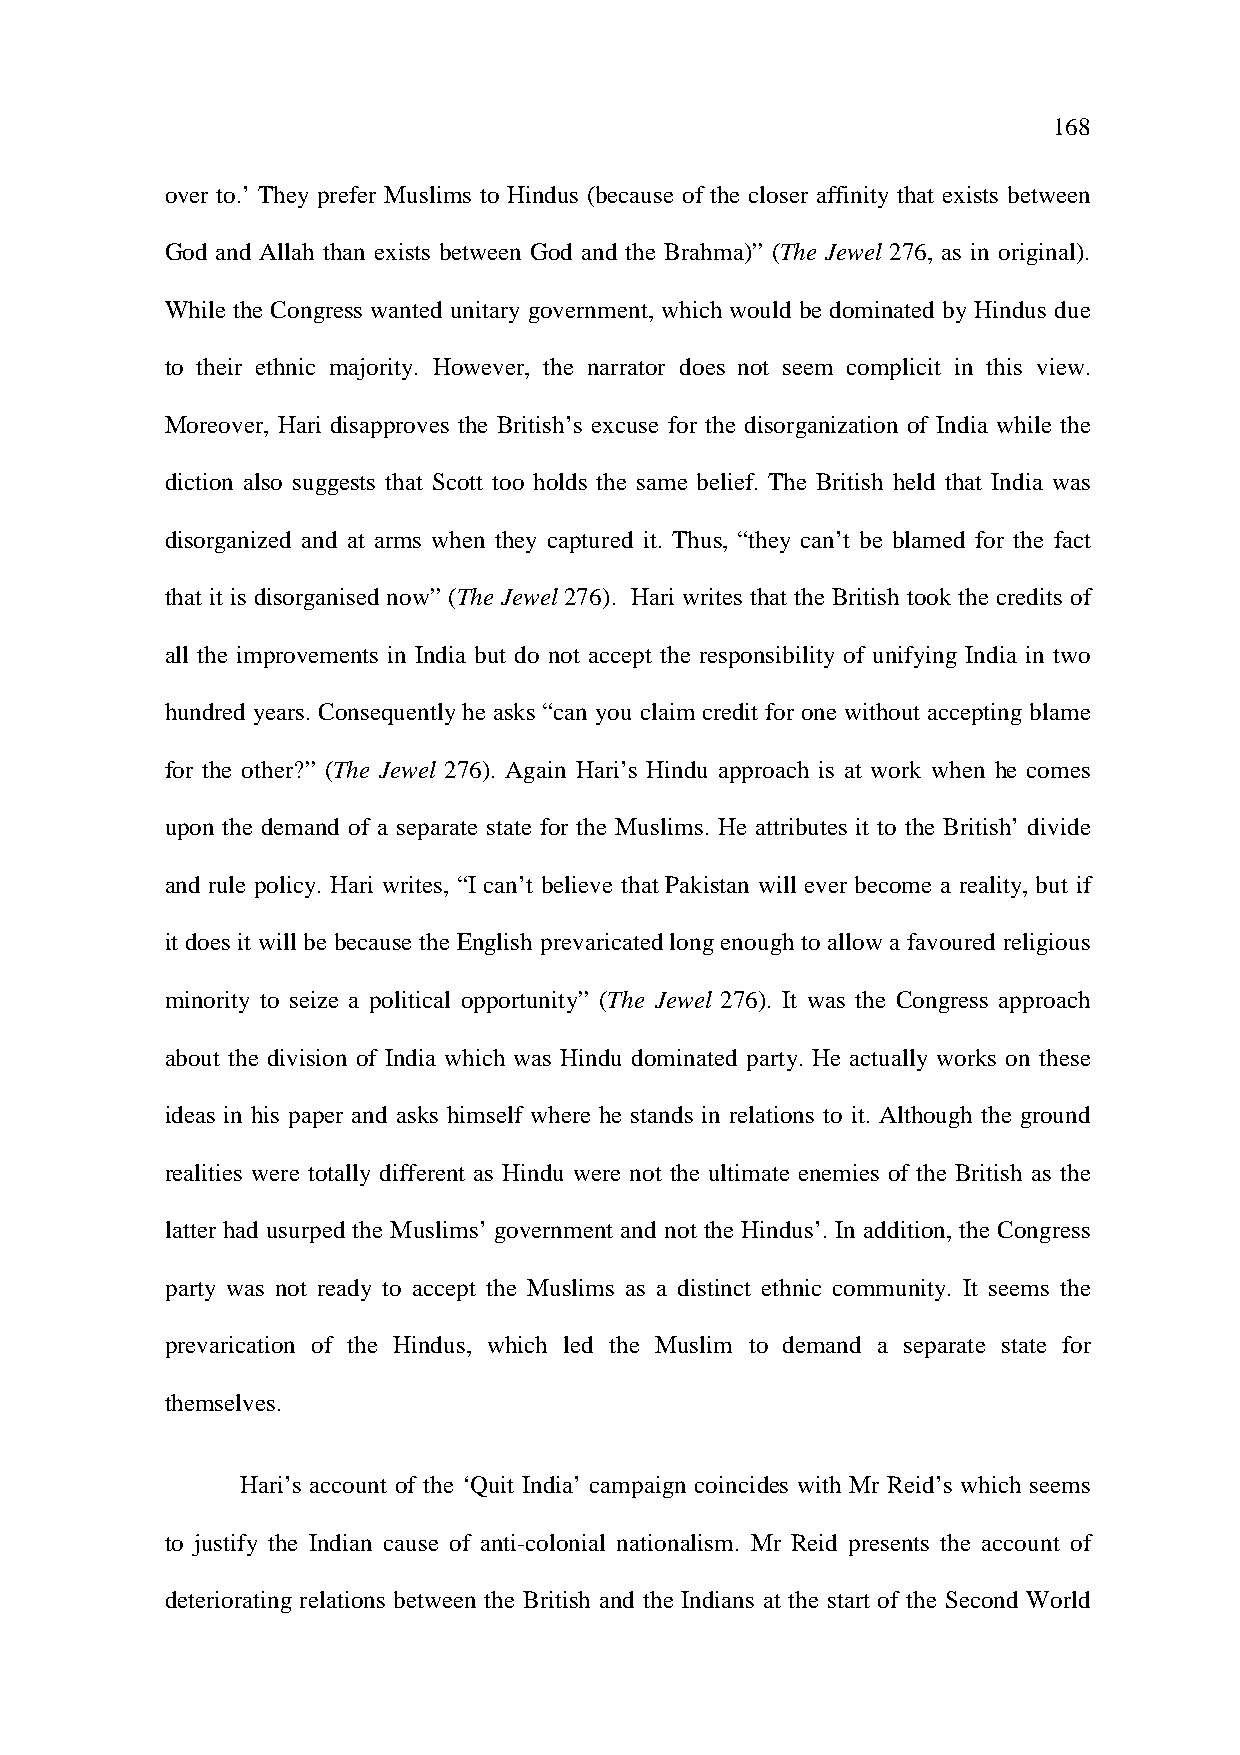
168
 over to.’ They prefer Muslims to Hindus (because of the closer affinity that exists between
 God and Allah than exists between God and the Brahma)” (The Jewel 276, as in original).
 While the Congress wanted unitary government, which would be dominated by Hindus due
 to their ethnic majority. However, the narrator does not seem complicit in this view.
 Moreover, Hari disapproves the British’s excuse for the disorganization of India while the
 diction also suggests that Scott too holds the same belief. The British held that India was
 disorganized and at arms when they captured it. Thus, “they can’t be blamed for the fact
 that it is disorganised now” (The Jewel 276). Hari writes that the British took the credits of
 all the improvements in India but do not accept the responsibility of unifying India in two
 hundred years. Consequently he asks “can you claim credit for one without accepting blame
 for the other?” (The Jewel 276). Again Hari’s Hindu approach is at work when he comes
 upon the demand of a separate state for the Muslims. He attributes it to the British’ divide
 and rule policy. Hari writes, “I can’t believe that Pakistan will ever become a reality, but if
 it does it will be because the English prevaricated long enough to allow a favoured religious
 minority to seize a political opportunity” (The Jewel 276). It was the Congress approach
 about the division of India which was Hindu dominated party. He actually works on these
 ideas in his paper and asks himself where he stands in relations to it. Although the ground
 realities were totally different as Hindu were not the ultimate enemies of the British as the
 latter had usurped the Muslims’ government and not the Hindus’. In addition, the Congress
 party was not ready to accept the Muslims as a distinct ethnic community. It seems the
 prevarication of the Hindus, which led the Muslim to demand a separate state for
 themselves.
 Hari’s account of the ‘Quit India’ campaign coincides with Mr Reid’s which seems
 to justify the Indian cause of anti-colonial nationalism. Mr Reid presents the account of
 deteriorating relations between the British and the Indians at the start of the Second World